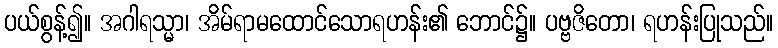
ပယ်စွန့်၍။ အဂါရသ္မာ၊ အိမ်ရာမထောင်သောရဟန်း၏ ဘောင်၌။ ပဗ္ဗဇိတော၊ ရဟန်းပြုသည်။